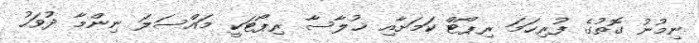
ނިމުނު ގޮތުގެ ފުރިހަމަ ރިޕޯޓް ކަމަށާއި ޚުލާސާ ރިޕޯޓަކީ މައްސަލަ ނިންމާ ދުވަހު